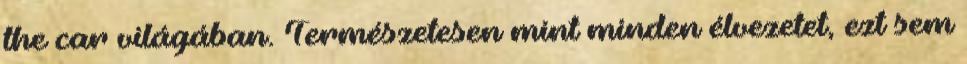
the car világában. Természetesen mint minden élvezetet, ezt sem